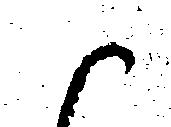
候